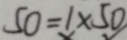
5 0 = 1 \times 5 0